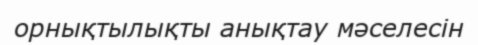
орнықтылықты анықтау мәселесін